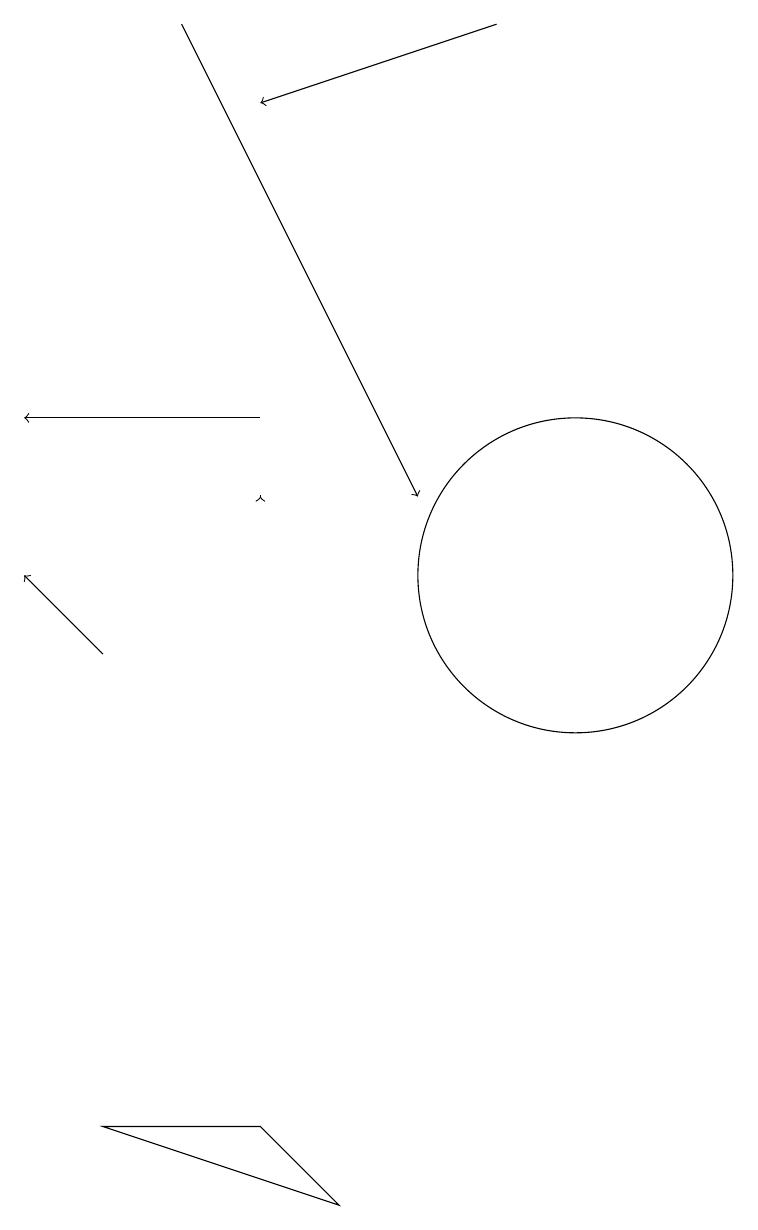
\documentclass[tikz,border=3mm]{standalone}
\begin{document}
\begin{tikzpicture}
\draw[->] (4,10) -- (3,11);
\draw[->] (6,13) -- (3,13);
\draw (4,4) -- (6,4) -- (7,3) -- cycle;
\draw[->] (6,12) -- (6,12);
\draw[->] (5,18) -- (8,12);
\draw[->] (9,18) -- (6,17);
\draw (10,11) circle (2);
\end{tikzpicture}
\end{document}